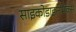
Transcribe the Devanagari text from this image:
साइकोडाइनेमिक्स